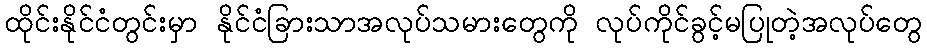
ထိုင်းနိုင်ငံတွင်းမှာ နိုင်ငံခြားသာအလုပ်သမားတွေကို လုပ်ကိုင်ခွင့်မပြုတဲ့အလုပ်တွေ